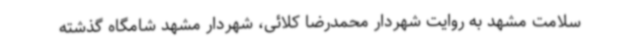
سلامت مشهد به روایت شهردار محمدرضا کلائی، شهردار مشهد شامگاه گذشته